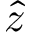
\hat { z }